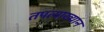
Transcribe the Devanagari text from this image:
तपत्याख्यान